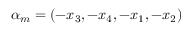
\alpha _ { m } = ( - x _ { 3 } , - x _ { 4 } , - x _ { 1 } , - x _ { 2 } )